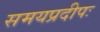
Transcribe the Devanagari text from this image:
समयप्रदीपः